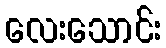
လေးသောင်း